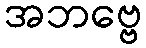
အဘဗ္ဗေ